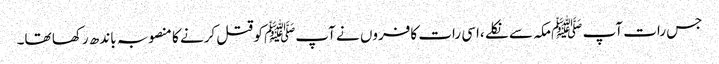
جس رات آپ ﷺمکہ سے نکلے ،اسی رات کافروں نے آپﷺ کو قتل کرنے کا منصوبہ باندھ رکھا تھا۔